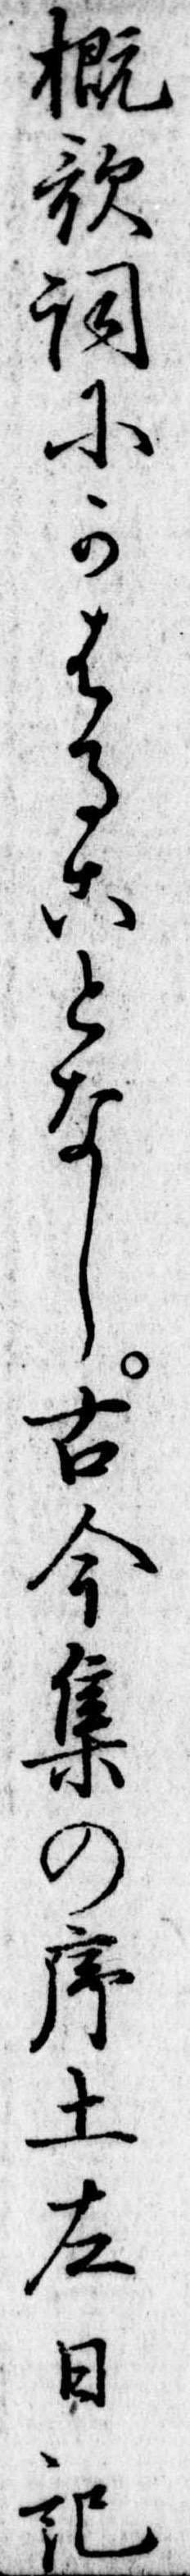
概歌詞にかはることなし古今集の序土左日記